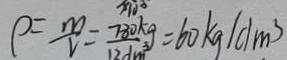
\rho = \frac { m } { V } = \frac { 7 8 0 k g } { 1 2 d m ^ { 3 } } = 6 0 k g / d m ^ { 3 }